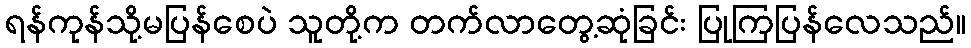
ရန်ကုန်သို့မပြန်စေပဲ သူတို့က တက်လာတွေ့ဆုံခြင်း ပြုကြပြန်လေသည်။